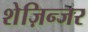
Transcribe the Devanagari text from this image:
शेज़िन्जर